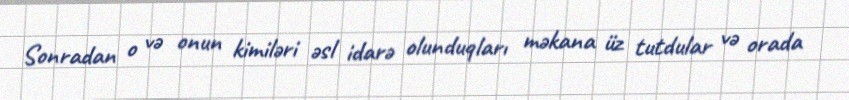
Sonradan o və onun kimiləri əsl idarə olunduqları məkana üz tutdular və orada